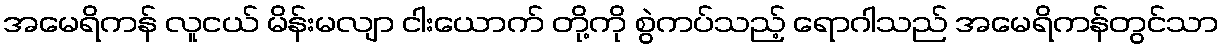
အမေရိကန် လူငယ် မိန်းမလျာ ငါးယောက် တို့ကို စွဲကပ်သည့် ရောဂါသည် အမေရိကန်တွင်သာ